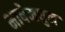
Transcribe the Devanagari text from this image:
भाषेमधुन